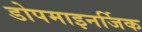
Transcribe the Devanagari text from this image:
डोपमाइनर्जिक